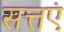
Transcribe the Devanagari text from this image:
सत्तएं